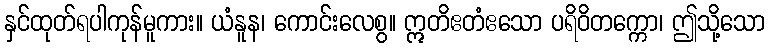
နှင်ထုတ်ရပါကုန်မူကား။ ယံနူန၊ ကောင်းလေစွ။ ဣတိဧတံဧသော ပရိဝိတက္ကော၊ ဤသို့သော